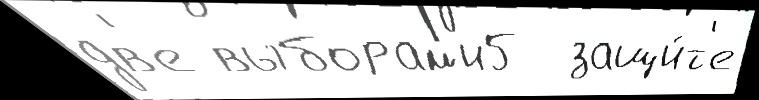
дв'е выборам'и5  защи́т'е